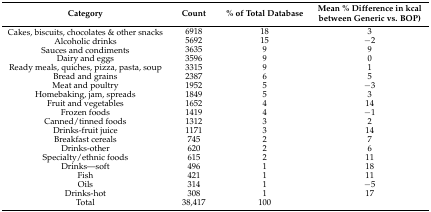
<table><thead><tr><td><b>Category</b></td><td><b>Count</b></td><td><b>% of Total Database</b></td><td><b>Mean % Difference in kcal between Generic vs. BOP)</b></td></tr></thead><tbody><tr><td>Cakes, biscuits, chocolates &amp; other snacks</td><td>6918</td><td>18</td><td>3</td></tr><tr><td>Alcoholic drinks</td><td>5692</td><td>15</td><td>−2</td></tr><tr><td>Sauces and condiments</td><td>3635</td><td>9</td><td>9</td></tr><tr><td>Dairy and eggs</td><td>3596</td><td>9</td><td>0</td></tr><tr><td>Ready meals, quiches, pizza, pasta, soup</td><td>3315</td><td>9</td><td>1</td></tr><tr><td>Bread and grains</td><td>2387</td><td>6</td><td>5</td></tr><tr><td>Meat and poultry</td><td>1952</td><td>5</td><td>−3</td></tr><tr><td>Homebaking, jam, spreads</td><td>1849</td><td>5</td><td>3</td></tr><tr><td>Fruit and vegetables</td><td>1652</td><td>4</td><td>14</td></tr><tr><td>Frozen foods</td><td>1419</td><td>4</td><td>−1</td></tr><tr><td>Canned/tinned foods</td><td>1312</td><td>3</td><td>2</td></tr><tr><td>Drinks-fruit juice</td><td>1171</td><td>3</td><td>14</td></tr><tr><td>Breakfast cereals</td><td>745</td><td>2</td><td>7</td></tr><tr><td>Drinks-other</td><td>620</td><td>2</td><td>6</td></tr><tr><td>Specialty/ethnic foods</td><td>615</td><td>2</td><td>11</td></tr><tr><td>Drinks—soft</td><td>496</td><td>1</td><td>18</td></tr><tr><td>Fish</td><td>421</td><td>1</td><td>11</td></tr><tr><td>Oils</td><td>314</td><td>1</td><td>−5</td></tr><tr><td>Drinks-hot</td><td>308</td><td>1</td><td>17</td></tr><tr><td>Total</td><td>38,417</td><td>100</td><td></td></tr></tbody></table>